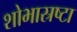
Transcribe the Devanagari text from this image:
शोभास्रष्टा